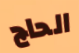
الحاج